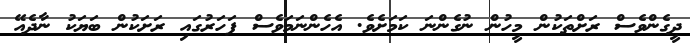
ދީގެންވެސް ރަށްތަކުން މީހުން ނުގެންނަ ކަމަށެވެ. އެހެންނަމަވެސް ފަހަރުގައި ރަށަކުން ބަޔަކު ނާދެއޭ